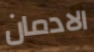
الادمان